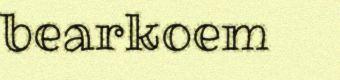
bearkoem